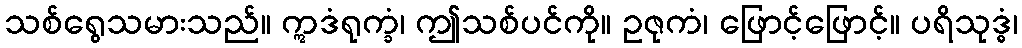
သစ်ရွေသမားသည်။ ဣဒံရုက္ခံ၊ ဤသစ်ပင်ကို။ ဥဇုကံ၊ ဖြောင့်ဖြောင့်။ ပရိသုဒ္ဓံ၊